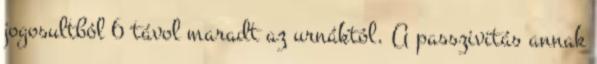
jogosultból 6 távol maradt az urnáktól. A passzivitás annak